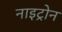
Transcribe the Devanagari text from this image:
नाइट्रोन